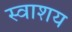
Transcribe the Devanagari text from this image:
स्वाशय